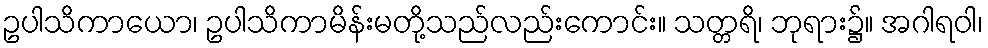
ဥပါသိကာယော၊ ဥပါသိကာမိန်းမတို့သည်လည်းကောင်း။ သတ္တရိ၊ ဘုရား၌။ အဂါရဝါ၊